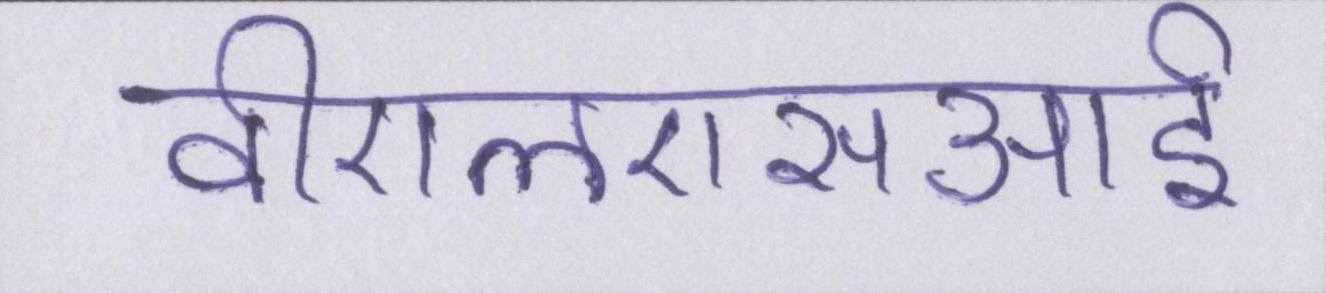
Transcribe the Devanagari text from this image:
वीएलएसआई